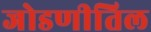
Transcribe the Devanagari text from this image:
जोडणीतिल